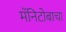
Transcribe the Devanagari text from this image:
मॅनिटोबाचा